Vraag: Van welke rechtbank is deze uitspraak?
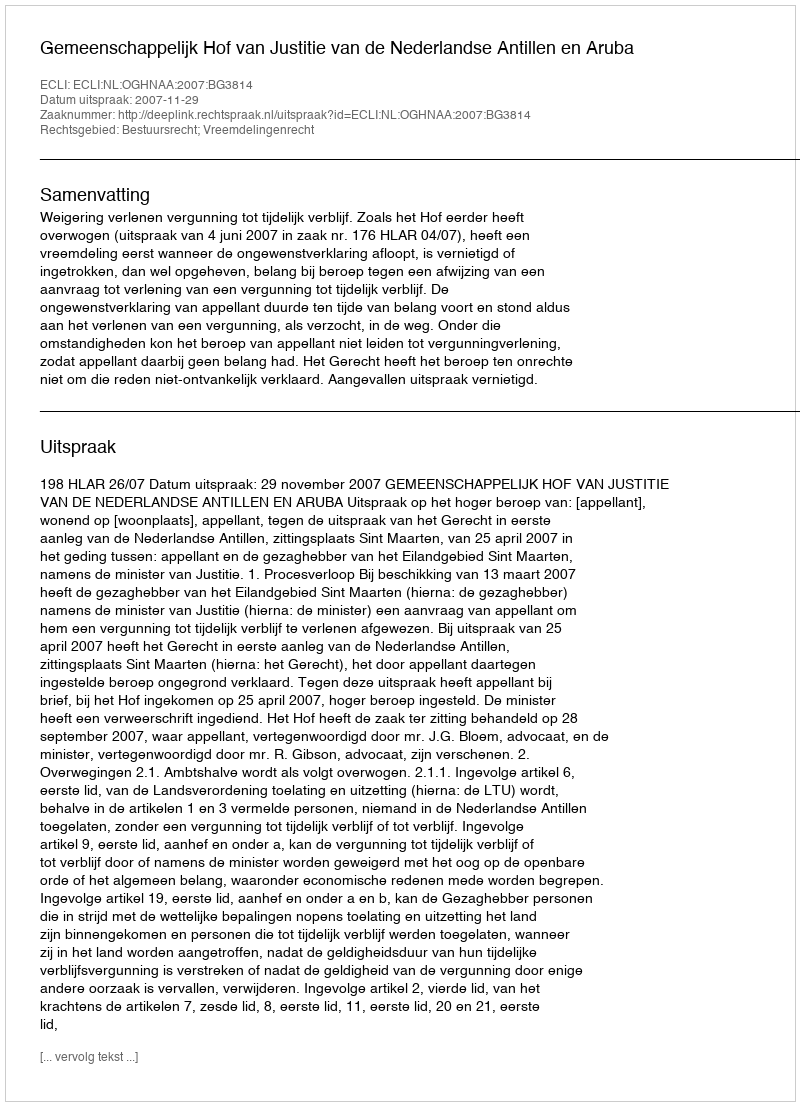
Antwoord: Gemeenschappelijk Hof van Justitie van de Nederlandse Antillen en Aruba